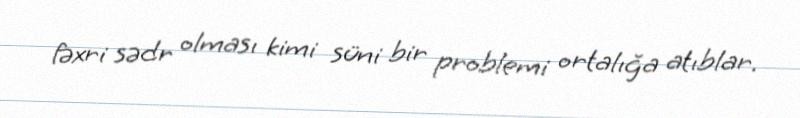
fəxri sədr olması kimi süni bir problemi ortalığa atıblar.